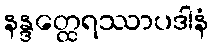
နန္ဒတ္ထေရဿာပဒါနံ